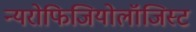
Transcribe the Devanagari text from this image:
न्यरोफिजियोलॉजिस्ट